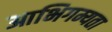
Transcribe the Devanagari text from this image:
आभिगम्यता